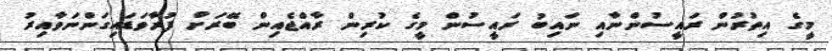
މީގެ އިތުރުން ރައީސުންނާއި ނައިބު ރައީސުން މީގެ ކުރިން ރާއްޖެއިން ބޭރަށް ފުރާވަޑައިގަންނަވާއިރު